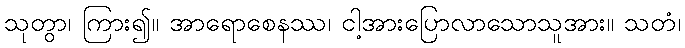
သုတွာ၊ ကြား၍။ အာရောစေနဿ၊ ငါ့အားပြောလာသောသူအား။ သတံ၊